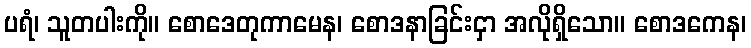
ပရံ၊ သူတပါးကို။ စောဒေတုကာမေန၊ စောဒနာခြင်းငှာ အလိုရှိသော။ စောဒကေန၊